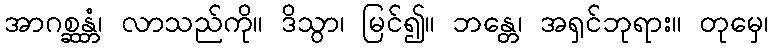
အာဂစ္ဆန္တံ၊ လာသည်ကို။ ဒိသွာ၊ မြင်၍။ ဘန္တေ၊ အရှင်ဘုရား။ တုမှေ၊